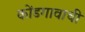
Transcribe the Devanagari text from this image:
कोंडगावाची